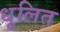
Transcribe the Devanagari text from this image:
धूलित